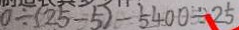
0 \div ( 2 5 - 5 ) - 5 4 0 0 \div 2 5